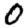
Digit: 0